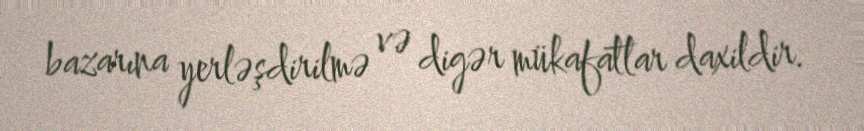
bazarına yerləşdirilmə və digər mükafatlar daxildir.